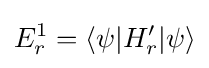
E_{r}^{1}=\langle \psi |H_{r}^{\prime }|\psi \rangle